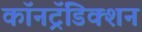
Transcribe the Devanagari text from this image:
कॉनट्रॅडिक्शन